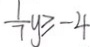
\frac { 1 } { 7 } y \geq - 4